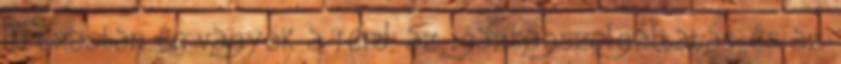
„Texasban én vagyok a rend, az igazságszolgáltatás és az